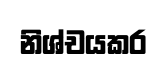
නිශ්චයකර